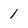
Character: 1